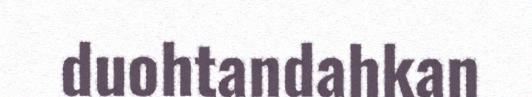
duohtandahkan